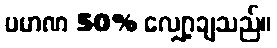
ပမာဏ 50% လျှော့ချသည်။